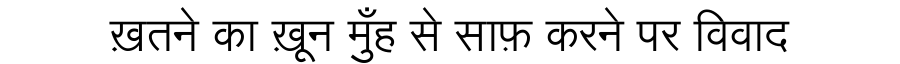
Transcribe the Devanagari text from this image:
ख़तने का ख़ून मुँह से साफ़ करने पर विवाद